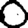
Digit: 0